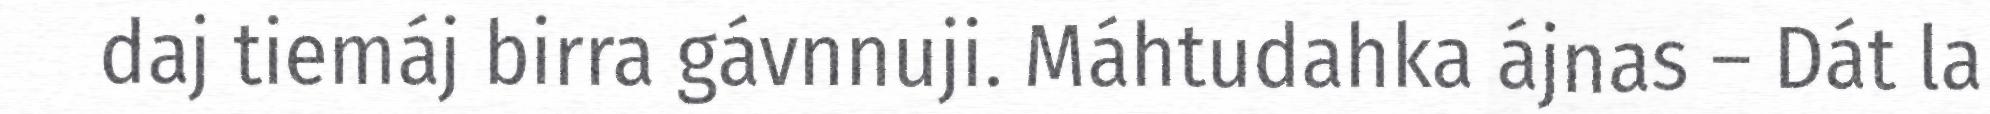
daj tiemáj birra gávnnuji. Máhtudahka ájnas – Dát la